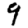
Digit: 9